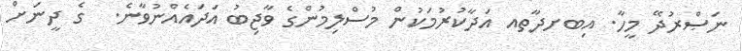
ނަޞްރުދޭ މީހާ. އިބށދާތއ އަދާކުރުމަކުން މުސްލިމުންގެ ވާޖިބު އަދައެއްނުވާނެ.  ގެ ދީނަށް